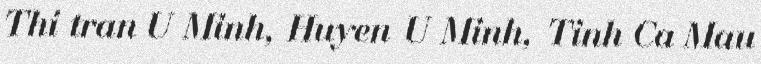
Thi tran U Minh, Huyen U Minh, Tinh Ca Mau